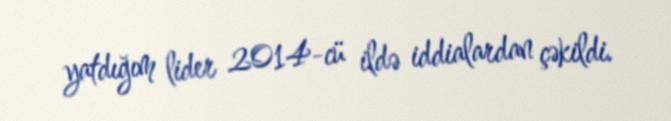
yatdığım lider 2014-cü ildə iddialardan çəkildi.